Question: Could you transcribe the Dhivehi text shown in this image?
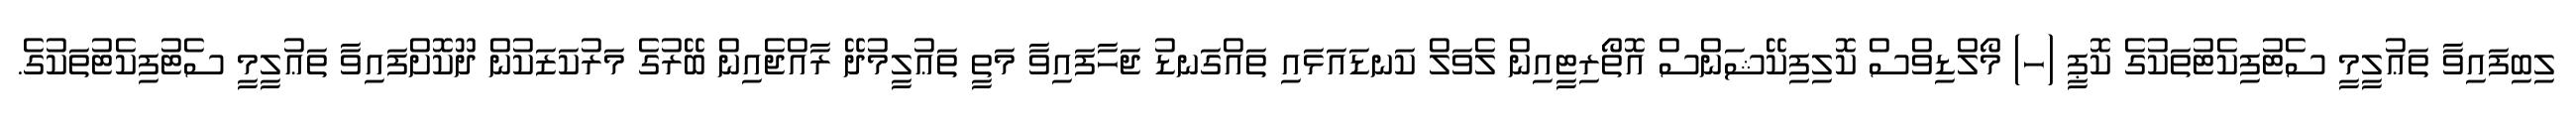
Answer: ލިބިފައިވާ ތަޢުލީމީ ސެޓުފިކެޓުތަކުގެ ކޮޕީ (ހ) މޯލްޑިވްސް ކޮލިފިކޭޝަންސް އޮތޯރިޓީއިން ލެވަލް ކަނޑައަޅައި ތައްގަނޑު ޖަހާފައިވާ މަތީ ތަޢުލީމުދޭ ރާއްޖެއިން ބޭރުގެ މަރުކަޒަކުން ދޫކޮށްފައިވާ ތަޢުލީމީ ސެޓުފިކެޓުތަކުގެ.